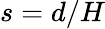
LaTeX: s=d/H